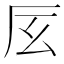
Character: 㕄